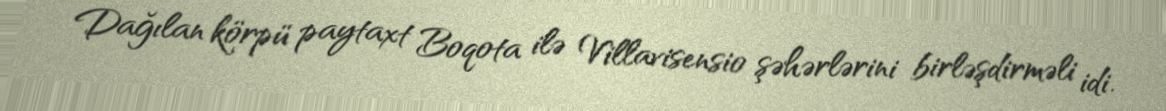
Dağılan körpü paytaxt Boqota ilə Villavisensio şəhərlərini birləşdirməli idi.